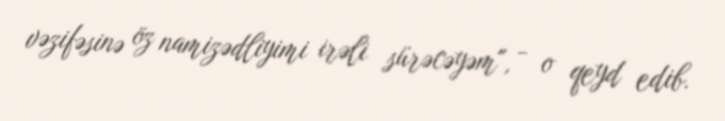
vəzifəsinə öz namizədliyimi irəli sürəcəyəm", - o qeyd edib.